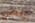
إلهي